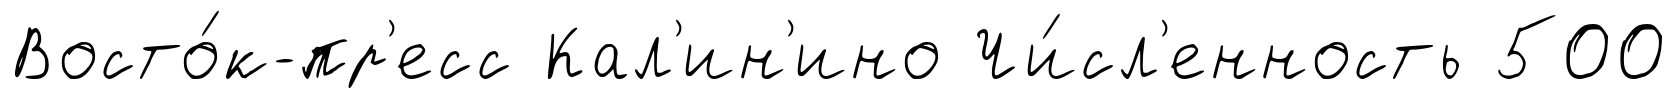
Восто́к-пр'есс Кал'ин'ино Чи́сл'енность 500